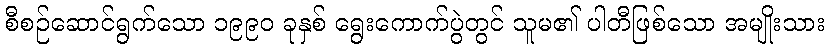
စီစဉ်ဆောင်ရွက်သော ၁၉၉၀ ခုနှစ် ရွေးကောက်ပွဲတွင် သူမ၏ ပါတီဖြစ်သော အမျိုးသား